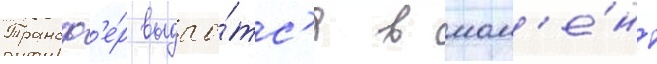
Трансф'е́р выдао́тс'я в мом'е́нт